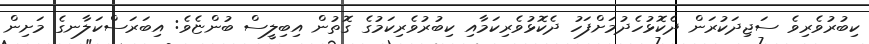
ކިބުރުވެރިވެ ސަޖިދަކުރަން ދެކޮޅުހެދުމަށްފަހު ދެކޮޅުވެރިކަމާއި ކިބުރުވެރިކަމުގެ ގޮތުން އިބިލީސް ބުންޏެވެ: އިބަރަސްކަލާނގެ މަށިން